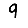
Digit: 9